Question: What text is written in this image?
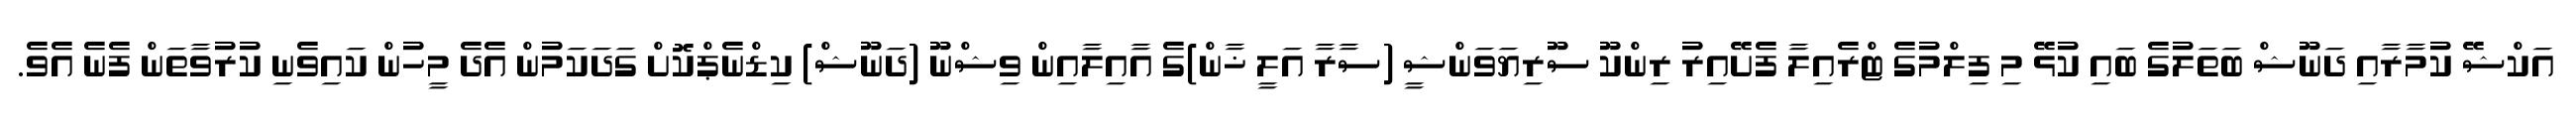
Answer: އަކްޝޭ ކުމާރާއި ދަނޫޝް ބަތަލުގެ ބައި ކުޅޭ މި ފިލްމުގެ ޓްރެއިލާ ފެށޭއިރު ރިންކޫ ސޫރިޔަވަންޝީ (ސާރާ އަލީ ޚާން)ގެ އާއިލާއިން ވިޝްނޫ (ދަނޫޝް) ކިޑްނެޕްކޮށް ގަދަކަމުން އެދެ މީހުން ކައިވެނި ކުރުވާތަން ފެނެ އެވެ.